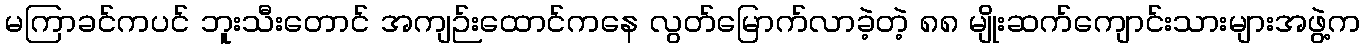
မကြာခင်ကပင် ဘူးသီးတောင် အကျဉ်းထောင်ကနေ လွတ်မြောက်လာခဲ့တဲ့ ၈၈ မျိုးဆက်ကျောင်းသားများအဖွဲ့က